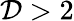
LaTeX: \mathcal{D}>2